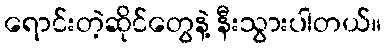
ရောင်းတဲ့ဆိုင်တွေနဲ့ နီးသွားပါတယ်။